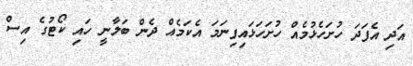
އަދި އެފަދަ ހުށަހެޅުމެއް ހުށަހަޅައިފިނަމަ އެކަމެއް ދެން ބަލާނީ ހައި ކޯޓުގެ އިސް